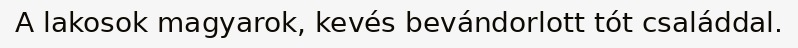
A lakosok magyarok, kevés bevándorlott tót családdal.